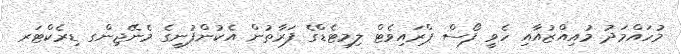
މުހައްމަދު މުއިއްޒުއާއި ހެވީ ފޯސް ޕްރައިވެޓް ލިމިޓެޑްގެ ފަރާތުން އެކުންފުނީގެ މެނޭޖިންގ ޑިރެކްޓަރ